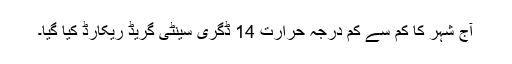
آج شہر کا کم سے کم درجہ حرارت 14 ڈگری سینٹی گریڈ ریکارڈ کیا گیا۔